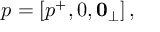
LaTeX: p = [ p ^ { + } , 0 , \mathbf { 0 } _ { \perp } ] \, ,